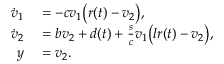
\begin{array} { r l } { \dot { v } _ { 1 } } & { { } = - c v _ { 1 } \big ( r ( t ) - v _ { 2 } \big ) , } \\ { \dot { v } _ { 2 } } & { { } = b v _ { 2 } + d ( t ) + \frac { s } { c } v _ { 1 } \big ( l r ( t ) - v _ { 2 } \big ) , } \\ { y } & { { } = v _ { 2 } . } \end{array}